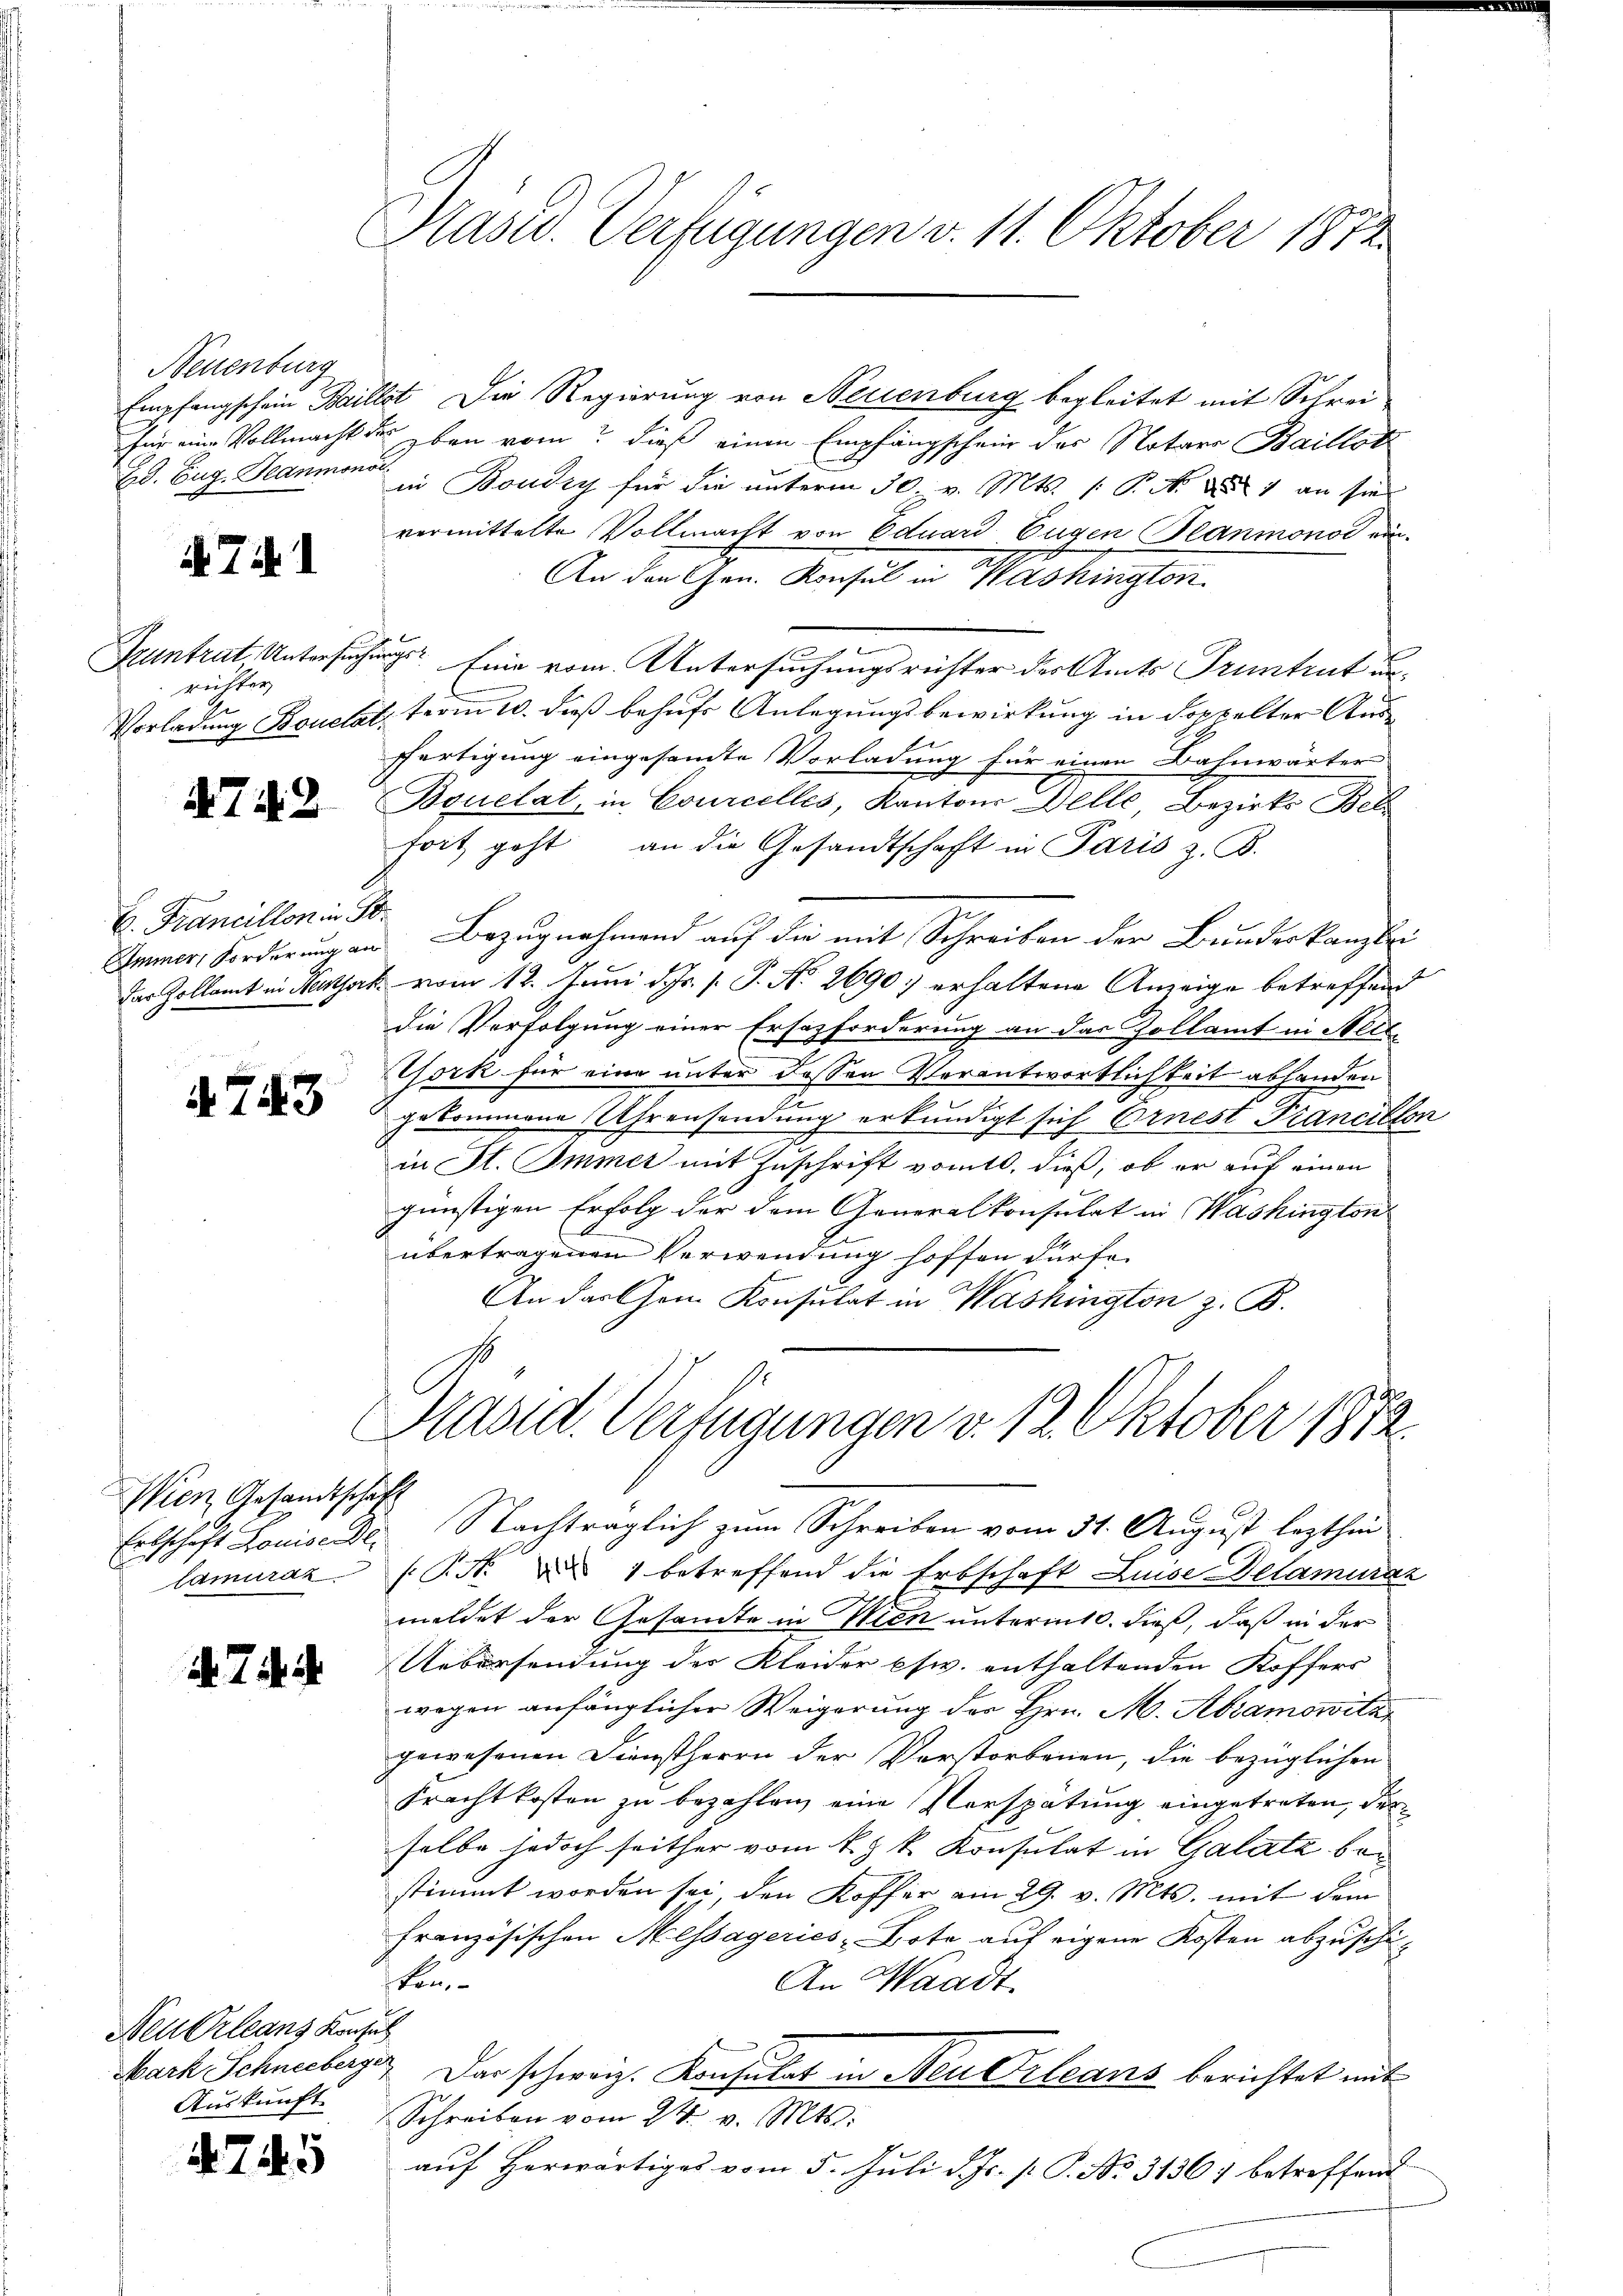
Neuenburg
Empfangschein Paris.
für eine Vollmachte
Gd. Eug. Jeanmons

i. Tit. 1

Pruntrat Untersuch
richter
Vorladung Bonetar

4742.

E. Francillon in d
Immer, Forderung a
das Zollamt in Heitfor¬

4743

Wien Gesandtschaft
tamurat

d. 7. d.

Neu Orleans Konsul
Auskunft

4745

Präsid. Verfügungen v. 11. Oktober 1872

Sit. Die Regierung von Neuenburg begleitet mit Schrei
s eben vom dieß einen Empfangschein des Notaro Baillot
a
in Boudry für die unterm 30. v. Mts. 1 P. Nr. 1 an sie
vermittelte Vollmacht von Eduard Eugen (Reaumonos au
An den Gen. Konsul in Washington
u
Eine vom Untersuchungsrichter des Amts Truntrut un¬
 term 10. dieß behufs Anlegung bewirkung in doppelter Ausffertigung eingesamte Vorladung für einen Bahnwärter
Bonetat, in Courcelles, Kantons Delle Bezirks Bel
fort geht an die Gesandtschaft in Paris z. B.
S. Bezugnahmend auf die mit Schreiben der Bundeskanzlei
k. vom 12. Juni d. Js. s. P. No. 2690) erhaltene Anzeige betreffend
die Verfolgung einer Ersatzforderung an das Zollamt in Seite
York für eine unter dessen Verantwortlichkeit abhanden
gekommene Ehrensendung erkundigt sich Ornest Francillon
in St. Immer mit Zuschrift vom 10. dieß, ob er auf einen
günstigen Erfolg der dem Generalkonsulat in Washington
übertragenen Verwendung hoffen dürfe.
An das Cham Konsulat in Washington z. B.

Präsid. Verfügungen v. 12. Oktober 1872.

Erbschaft Louise der Nachträglich zum Schreiben vom 31. August lezthin
P.N. ad 1 betreffend die Erbschaft Linse Delamuraz
meldet der Gesandte in Wien unterm 10. dieß, daß in der
Uebersendung der Kleider psw. enthaltenden Koffers
wegen anfänglicher Weigerung der Hrn. M. Adamowitz
gewesenen Dienstherrn der Verstorbenen, die bezüglichen
Frachtkosten zu bezahlen eine Verspätung eingetreten, der
selbe jedoch seither vom k. k. Konsulat in Galata bestimmt worden sei, den Koffer am 29. v. Mts. mit dem
Französischen Messageries Bote auf eigene Kosten abzuschiken,
An Waadt.
Nach Schneeberg? Das schweiz. Konsulat in Neu Orleans berichtet mit
Schreiben vom 24. v. Mts.
auf Herwärtiges vom 5. Juli d. Js. p. P. Nr. 3136) betreffend